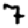
Digit: 7